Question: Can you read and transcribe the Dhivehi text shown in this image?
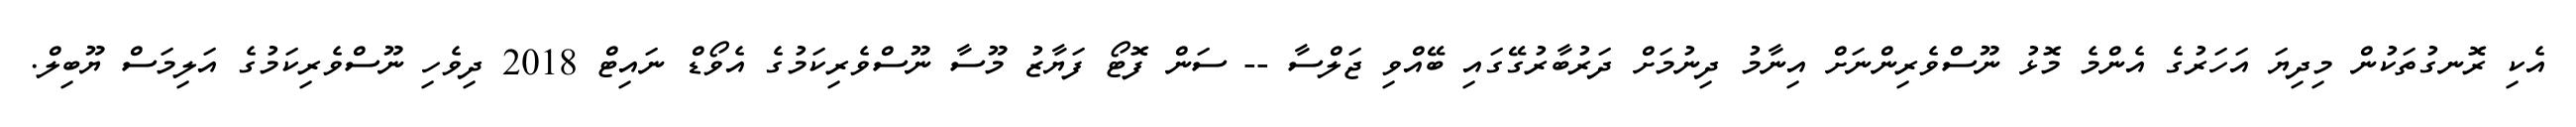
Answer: އެކި ރޮނގުތަކުން މިދިޔަ އަހަރުގެ އެންމެ މޮޅު ނޫސްވެރިންނަށް އިނާމު ދިނުމަށް ދަރުބާރުގޭގައި ބޭއްވި ޖަލްސާ -- ސަން ފޮޓޯ ފަޔާޒު މޫސާ ނޫސްވެރިކަމުގެ އެވޯޑް ނައިޓް 2018 ދިވެހި ނޫސްވެރިކަމުގެ އަލިމަސް ޔޫބިލް.